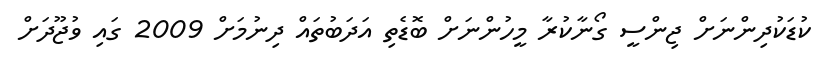
ކުޑަކުދިންނަށް ޖިންސީ ގޯނާކުރާ މީހުންނަށް ބޮޑެތި އަދަބުތައް ދިނުމަށް 2009 ގައި ވުޖޫދަށް